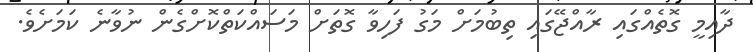
ދާއިމީ ގޮތެއްގައި ރާއްޖޭގައި ތިބުމަށް މަގު ފަހިވާ ގޮތަށް މަސައްކަތްކޮށްގެން ނުވާނެ ކަމަށެވެ.